Report on sanitation, dispensaries, and jails in Rajputana for 1917, and on vaccination for the year 1917-1918 - 1917-1918
Year: 1917
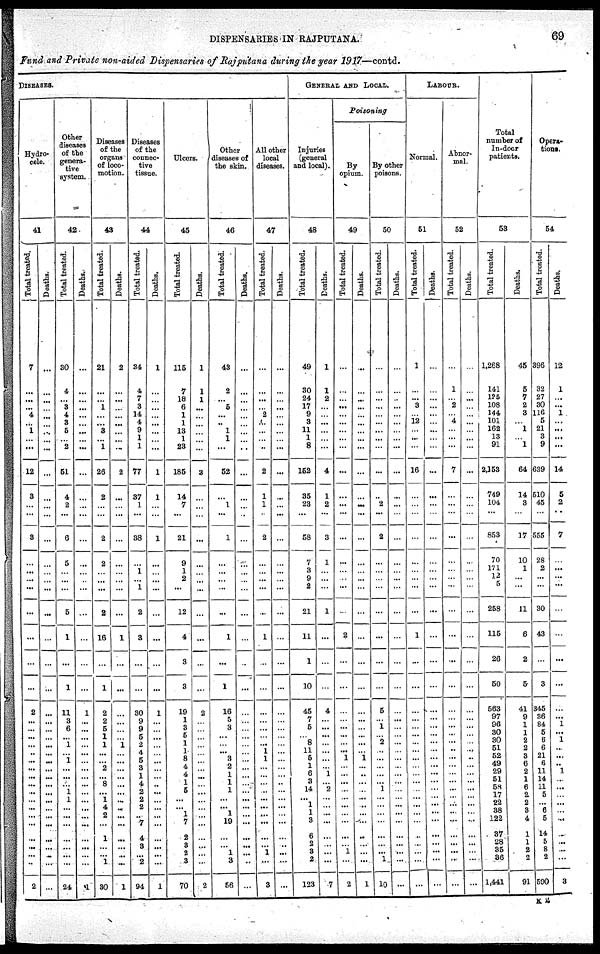
DISPENSARIES IN RAJPUTANA.
69
Fund and Private non-aided Dispensaries of Rajputana during the year 1917—contd.
DISEASES.
Hydro¬
cele.
41
Total treated.
7
...
...
...
4
...
1
...
...
12
3
...
...
3
...
...
...
...
...
...
...
...
2
...
...
...
...
...
...
...
...
...
...
...
...
...
...
...
...
...
...
2
Deaths.
...
...
...
...
...
...
...
...
...
...
...
...
...
...
...
...
...
...
...
...
...
...
...
...
...
...
...
...
...
...
...
...
...
...
...
...
...
...
...
...
...
...
Other
diseases
of the
genera-
----
system.
42
Total treated.
30
4
...
3
4
3
5
...
2
51
4
2
...
6
5
...
...
...
5
1
...
1
11
3
6
...
1
...
...
1
...
...
...
1
1
...
...
...
...
...
...
24
Deaths.
...
...
...
...
...
...
...
...
...
...
...
...
...
...
...
...
...
...
...
...
...
...
1
...
...
...
...
...
...
...
...
...
...
...
...
...
...
...
...
...
...
1
Diseases
of the
organs
of loco-
motion.
43
Total treated.
21
...
...
1
...
...
3
...
1
26
2
...
...
2
2
...
...
...
2
16
...
1
2
2
5
1
1
...
...
2
...
8 ...
1 4
2
...
1
...
...
1
30
Deaths.
2
...
...
...
...
...
...
...
...
3
...
...
...
...
...
...
...
...
...
1
...
...
...
...
...
... 1
...
...
...
...
...
...
...
...
...
...
...
...
...
...
1
Diseases
of the
connec¬
tive
tissue.
44
Total treated.
34
4
7
3
14
4
9
1
1
77
37
1
...
38
...
1
...
1
2
3
...
...
30
9
9
5
2
4
5
3
1
4
2
2
2
...
7
4
3
...
2
94
Deaths.
1
...
...
...
...
...
...
...
...
1
1
...
...
1
...
...
...
...
...
...
...
...
1
...
...
...
...
...
...
...
...
...
...
...
...
...
...
...
...
...
...
1
Ulcers.
45
Total treated.
115
7
18
6
1
1
13
1
23
185
14
7
...
21
9
1
2
...
12
4
3
3
19
1
3
5
1
1
8
4
4
1
5
... ...
1
7
2
3
2
3
70
Deaths.
1
1
1
...
...
...
...
...
...
2
...
...
...
...
...
...
...
...
...
...
...
...
2
...
...
...
...
...
...
...
...
...
...
...
...
...
...
...
...
...
...
2
Other
diseases of
the skin.
46
Total treated.
43
2
...
5
...
...
1
1
...
52
...
1
...
1
...
...
...
...
...
1
...
1
16
5
3
...
...
... 3
2
1
1
1
...
...
1
19
...
...
1
3
56
Deaths.
...
...
...
...
...
...
...
...
...
...
...
...
...
...
...
...
...
...
...
...
...
...
...
...
...
...
...
...
...
...
...
...
...
...
...
...
...
...
...
...
...
...
All other
local
diseases.
47
Total treated.
...
...
...
...
2
...
...
...
...
2
1
1
...
2
...
...
...
...
...
1
...
...
...
...
...
...
... 1
1
...
...
...
...
...
...
...
...
...
...
1
...
3
Deaths.
...
...
...
...
...
...
...
...
...
...
...
...
...
...
...
...
...
...
...
...
...
...
...
...
...
...
...
...
...
...
...
...
...
...
...
...
...
...
...
...
...
...
GENERAL AND LOCAL.
Injuries
(general
ana local).
48
Total treated.
49
30
24
17
9
3
11
1
8
152
35
23
...
58
7
3
9
2
21
11
1
10
45
7
5
... 8
11
5
1
6
3
14
...
1
1
3
6
2
3
2
123
Deaths.
1
1
2
...
...
...
...
...
...
4
1
2
...
3
1
...
...
...
1
...
...
...
4
...
...
...
...
...
...
...
1
...
2
...
...
...
...
...
...
...
...
7
Poisoning
By
opium.
49
Total treated.
...
...
...
...
...
...
...
...
...
...
...
...
...
...
...
...
...
...
...
2
...
...
...
...
...
...
...
... 1
...
...
...
...
...
...
...
...
...
...
1
...
2
Deaths.
...
...
...
...
...
...
...
...
...
...
...
...
...
...
...
...
...
...
...
...
...
...
...
...
...
...
...
... 1
...
...
...
...
...
...
...
...
...
...
...
...
1
By other
poisons.
50
Total treated.
...
...
...
...
...
...
...
...
...
...
...
2
...
2
...
...
...
...
...
...
...
...
5
...
1
... 2
...
...
...
...
... 1
...
...
...
...
...
...
...
1
10
Deaths.
...
...
...
...
...
...
...
...
...
...
...
...
...
...
...
...
...
...
...
...
...
...
...
...
...
...
...
...
...
...
...
...
...
...
...
...
...
...
...
...
...
...
LABOUR.
Normal.
51
Total treated.
1
...
... 3
...
12
...
...
...
16
...
...
...
...
...
...
...
...
...
1
...
...
...
...
...
...
...
...
...
...
...
...
...
...
...
...
...
...
...
...
...
...
Deaths.
...
...
...
...
...
...
...
...
...
...
...
...
...
...
...
...
...
...
...
...
...
...
...
...
...
...
...
...
...
...
...
...
...
...
...
...
...
...
... ...
...
...
Abnor-
mal.
52
Total treated.
...
1
... 2
...
4
...
...
...
7
...
...
...
...
...
...
...
...
...
...
...
...
...
...
...
...
... ...
...
...
...
...
...
...
...
...
...
...
...
...
...
...
Deaths.
...
...
...
...
...
...
...
...
...
...
...
...
...
...
...
...
...
...
...
...
...
...
...
...
...
...
... ...
...
...
...
...
...
...
...
...
...
...
...
...
...
...
Total
number of
In-door
patients.
53
Total treated.
1,268
141
125
108
144
101
162
13
91
2,153
749
104
...
853
70
171
12
5
258
115
26
50
563
97
96
30
30 51
52
49
29
51
58
17
22
38
122
37
28
35
36
1,441
Deaths.
45
5
7
2
3
... 1
...
1
64
14
3
...
17
10
1
...
...
11
6
2
5
41
9
1
1
2 2
3
6
2
1
6
2
2
3
4
1
1
2
2
91
Opera¬
tions.
54
Total treated.
396
32
27
30
116
5
21
3
9
639
510
45
...
555
28
2
...
...
30
43
...
3
345
36
84
5
6 6
21
6
11
14
11
5
...
6
5
14
5
8
2
590
Deaths.
12
1
...
...
1
...
...
...
...
14
5
2
...
7
...
...
...
...
...
...
...
...
...
1
...
1
...
...
...
1
...
...
...
...
...
...
...
...
..
...
3
K